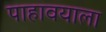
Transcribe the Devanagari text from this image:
पाहावयाला